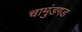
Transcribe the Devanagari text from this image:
चामुंडगड